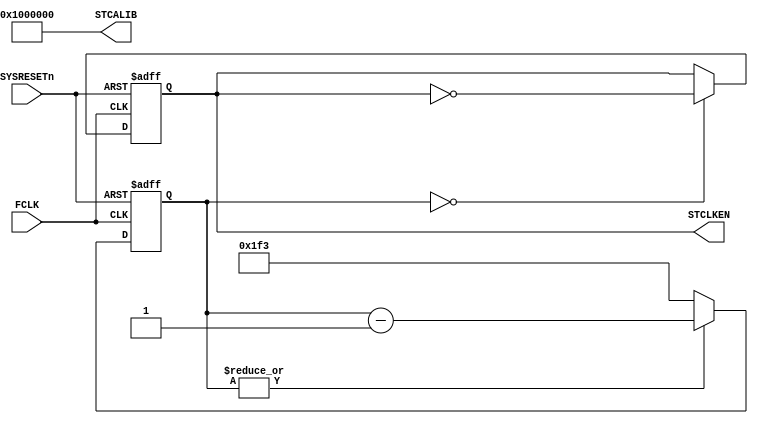
//------------------------------------------------------------------------------
// The confidential and proprietary information contained in this file may
// only be used by a person authorised under and to the extent permitted
// by a subsisting licensing agreement from ARM Limited or its affiliates.
//
//            (C) COPYRIGHT 2010-2015 ARM Limited or its affiliates.
//                ALL RIGHTS RESERVED
//
// This entire notice must be reproduced on all copies of this file
// and copies of this file may only be made by a person if such person is
// permitted to do so under the terms of a subsisting license agreement
// from ARM Limited or its affiliates.
//
//  Version and Release Control Information:
//
//  File Revision       : $Revision: 368442 $
//  File Date           : $Date: 2017-07-25 15:07:59 +0100 (Tue, 25 Jul 2017) $
//
//  Release Information : Cortex-M0 DesignStart-r2p0-00rel0
//
//------------------------------------------------------------------------------
// Verilog-2001 (IEEE Std 1364-2001)
//------------------------------------------------------------------------------
//
//-----------------------------------------------------------------------------
// Abstract : Simple control for SysTick signals for Cortex-M processor
//-----------------------------------------------------------------------------

module cmsdk_mcu_stclkctrl #(
  // Ratio between FCLK and SysTick reference clock
  parameter DIV_RATIO = 18'd01000,

  // Divide by half for each phase
  parameter DIVIDER_RELOAD = (DIV_RATIO>>1)-1
 )
 (
  input  wire        FCLK,      // Free running clock
  input  wire        SYSRESETn, // System reset

  output wire        STCLKEN,   // SysTick clock
  output wire [25:0] STCALIB    // SysTick calibration
  );

  reg     [17:0] reg_clk_divider;
  reg            reg_stclken;

  assign STCALIB[25] = 1'b0; // NoRef - reference clock provided
  assign STCALIB[24] = 1'b1; // Skew - reference info not available
  assign STCALIB[23:0] = {24{1'b0}}; // 10 ms value  set to 0, indicate this value is not used

  // Divider
  wire [17:0] reg_clk_div_min1 = reg_clk_divider -1;
  always @(posedge FCLK or negedge SYSRESETn)
  begin
  if (~SYSRESETn)
    reg_clk_divider <= {18{1'b0}};
  else
    begin
    if (|reg_clk_divider)
      reg_clk_divider <= reg_clk_div_min1[17:0];
    else
      reg_clk_divider <= DIVIDER_RELOAD[17:0];
    end
  end

  // Toggle register
  always @(posedge FCLK or negedge SYSRESETn)
  begin
  if (~SYSRESETn)
    reg_stclken <= 1'b0;
  else
    begin
    if (reg_clk_divider==18'h00000)
      reg_stclken <= ~reg_stclken;
    end
  end

  // Connect to top level
  assign STCLKEN = reg_stclken;

endmodule